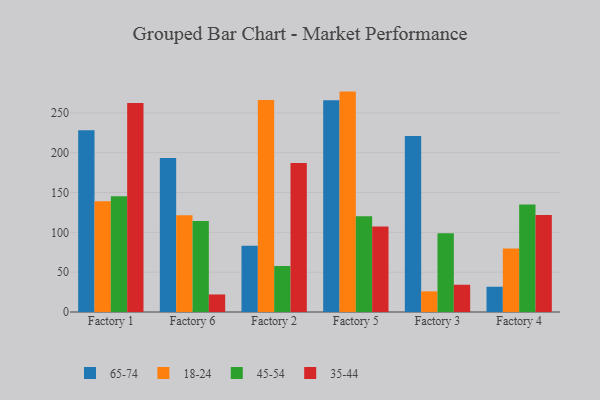
{"axis": {"x": "Factory", "y": "Net Income (USD K)"}, "legend": ["18-24", "35-44", "45-54", "65-74"], "data": [{"x": "Factory 1", "y": 228.0, "type": "65-74"}, {"x": "Factory 1", "y": 138.9, "type": "18-24"}, {"x": "Factory 1", "y": 145.2, "type": "45-54"}, {"x": "Factory 1", "y": 262.2, "type": "35-44"}, {"x": "Factory 6", "y": 193.4, "type": "65-74"}, {"x": "Factory 6", "y": 121.4, "type": "18-24"}, {"x": "Factory 6", "y": 114.3, "type": "45-54"}, {"x": "Factory 6", "y": 22.0, "type": "35-44"}, {"x": "Factory 2", "y": 83.3, "type": "65-74"}, {"x": "Factory 2", "y": 266.1, "type": "18-24"}, {"x": "Factory 2", "y": 57.7, "type": "45-54"}, {"x": "Factory 2", "y": 187.1, "type": "35-44"}, {"x": "Factory 5", "y": 265.7, "type": "65-74"}, {"x": "Factory 5", "y": 276.6, "type": "18-24"}, {"x": "Factory 5", "y": 120.3, "type": "45-54"}, {"x": "Factory 5", "y": 107.2, "type": "35-44"}, {"x": "Factory 3", "y": 220.9, "type": "65-74"}, {"x": "Factory 3", "y": 25.9, "type": "18-24"}, {"x": "Factory 3", "y": 98.8, "type": "45-54"}, {"x": "Factory 3", "y": 34.2, "type": "35-44"}, {"x": "Factory 4", "y": 31.7, "type": "65-74"}, {"x": "Factory 4", "y": 79.8, "type": "18-24"}, {"x": "Factory 4", "y": 135.0, "type": "45-54"}, {"x": "Factory 4", "y": 121.8, "type": "35-44"}]}